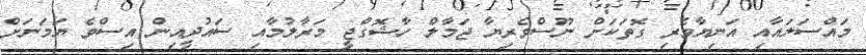
މައްސަލައާއި އަނިޔާވެރި ގޮތަކަށް ނޫސްވެރިޔާ ޖަމާލް ހާޝޮގްޖީ މަރާލުމާއި ސައުދީއިން އިސްވެ ޔަމަނަށް